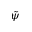
\tilde { \psi }